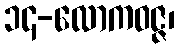
၁၄-လောကဝဇ္ဇ၊